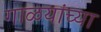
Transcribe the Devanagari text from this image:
गाळयांच्या